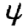
Digit: 4